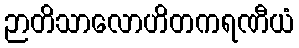
ဉာတိသာလောဟိတကရဏီယံ